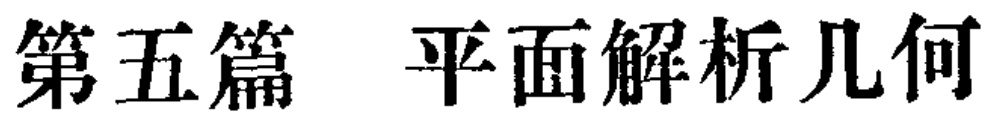
第五篇 平面解析几何